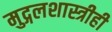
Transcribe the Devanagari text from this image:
मुद्गलशास्त्रीही